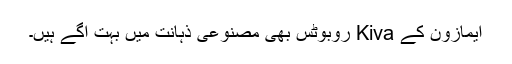
ایمازون کے Kiva روبوٹس بھی مصنوعی ذہانت میں بہت آگے ہیں۔